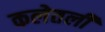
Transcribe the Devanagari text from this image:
कलेतली